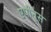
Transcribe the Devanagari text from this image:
एपीनुस